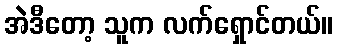
အဲဒီတော့ သူက လက်ရှောင်တယ်။